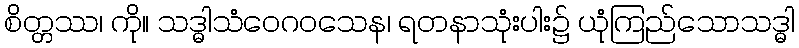
စိတ္တဿ၊ ကို။ သဒ္ဓါသံဝေဂဝသေန၊ ရတနာသုံးပါး၌ ယုံကြည်သောသဒ္ဓါ